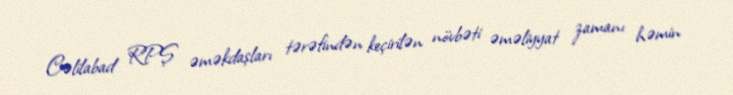
Cəlilabad RPŞ əməkdaşları tərəfindən keçirilən növbəti əməliyyat zamanı həmin